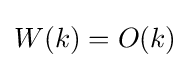
W(k)=O(k)